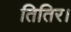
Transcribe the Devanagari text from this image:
तितिर।